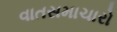
વાતસમાચારો